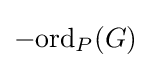
-{\mathrm {ord} }_{P}(G)